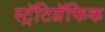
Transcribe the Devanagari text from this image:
स्ट्रॅटिग्रॅफिक